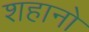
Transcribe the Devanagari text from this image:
शहानो